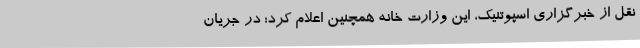
نقل از خبرگزاری اسپوتنیک، این وزارت خانه همچنین اعلام کرد: در جریان